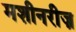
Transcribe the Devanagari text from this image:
मशीनरीज़